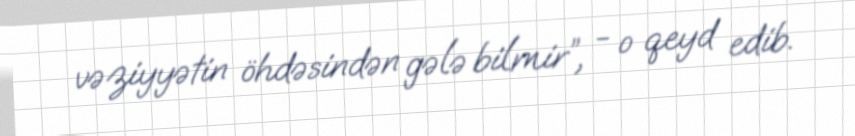
vəziyyətin öhdəsindən gələ bilmir”, - o qeyd edib.